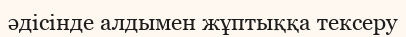
әдісінде алдымен жұптыққа тексеру